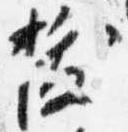
抜